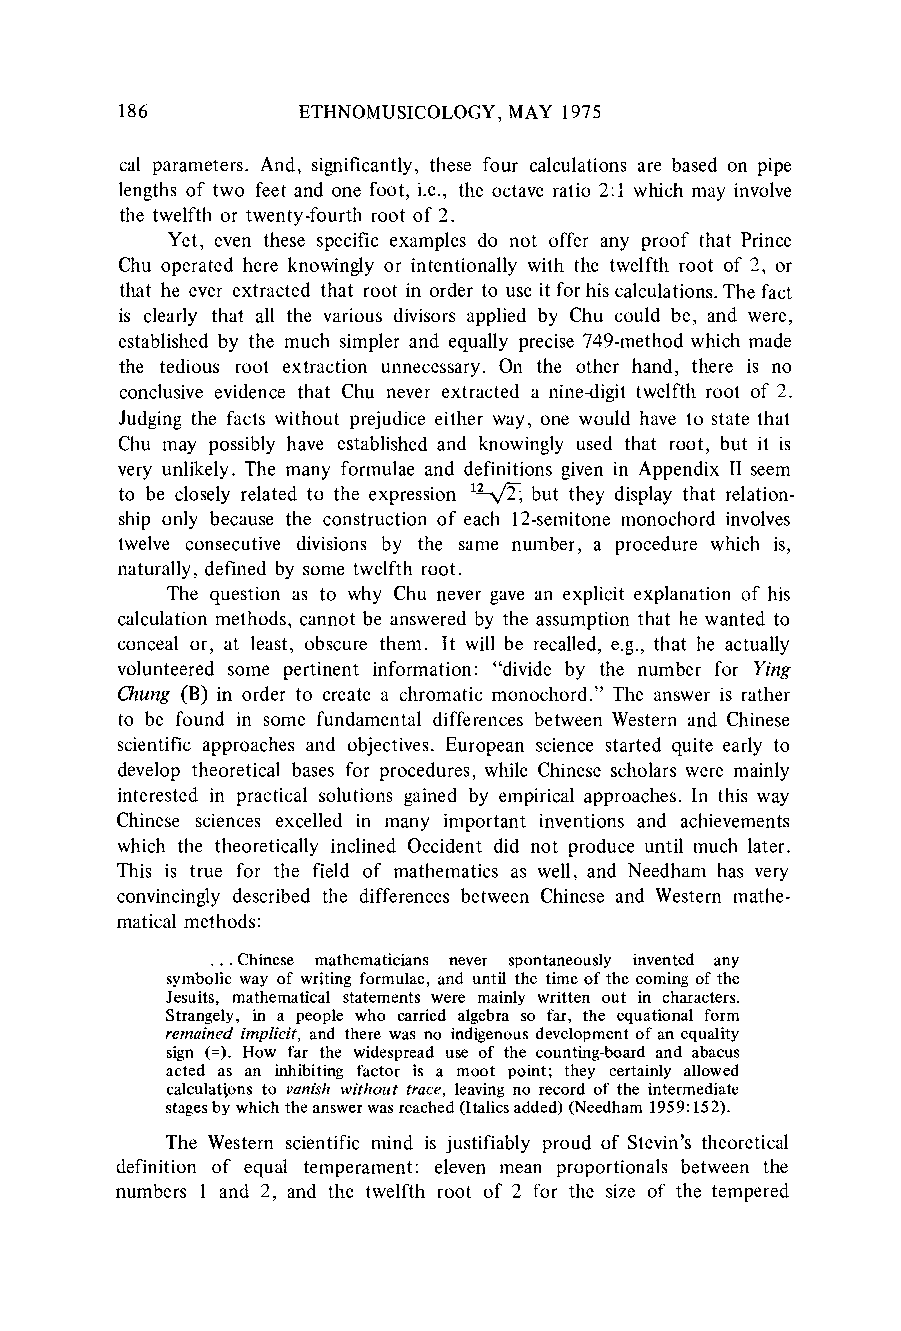
186         ETHNOMUSICOLOGYM, AY 1975
 cal parameters. And, significantly, these four calculations are based on pipe
 lengths of two feet and one foot, i.e., the octave ratio 2:1 which may involve
 the twelfth or twenty-fourth root of 2.
 Yet, even these specific examples do not offer any proof that Prince
 Chu operated here knowingly or intentionally with the twelfth root of 2, or
 that he ever extracted that root in order to use it for his calculations.T he fact
 is clearly that all the various divisors applied by Chu could be, and were,
 established by the much simpler and equally precise 749-method which made
 the tedious root extraction unnecessary. On the other hand, there is no
 conclusive evidence that Chu never extracted a nine-digit twelfth root of 2.
 Judging the facts without prejudice either way, one would have to state that
 Chu may possibly have established and knowingly used that root, but it is
 very unlikely. The many formulae and definitions given in Appendix II seem
 to be closely related to the expression 11\2-; but they display that relation-
 ship only because the construction of each 12-semitone monochord involves
 twelve consecutive divisions by the same number, a procedure which is,
 naturally,d efined by some twelfth root.
 The question as to why Chu never gave an explicit explanation of his
 calculation methods, cannot be answeredb y the assumptiont hat he wanted to
 conceal or, at least, obscure them. It will be recalled, e.g., that he actually
 volunteered some pertinent information: "divide by the number for Ying
 Chung (B) in order to create a chromatic monochord." The answer is rather
 to be found in some fundamental differences between Westerna nd Chinese
 scientific approaches and objectives. European science started quite early to
 develop theoretical bases for procedures, while Chinese scholars were mainly
 interested in practical solutions gained by empirical approaches. In this way
 Chinese sciences excelled in many important inventions and achievements
 which the theoretically inclined Occident did not produce until much later.
 This is true for the field of mathematics as well, and Needham has very
 convincingly described the differences between Chinese and Western mathe-
 matical methods:
 ... Chinese mathematicians never spontaneously invented any
 symbolic way of writing formulae, and until the time of the coming of the
 Jesuits, mathematical statements were mainly written out in characters.
 Strangely, in a people who carried algebra so far, the equational form
 remained implicit, and there was no indigenous development of an equality
 sign (=). How far the widespread use of the counting-board and abacus
 acted as an inhibiting factor is a moot point; they certainly allowed
 calculations to vanish without trace, leaving no record of the intermediate
 stages by which the answer was reached (Italics added) (Needham 1959:152).
 The Western scientific mind is justifiably proud of Stevin's theoretical
 definition of equal temperament: eleven mean proportionals between the
 numbers 1 and 2, and the twelfth root of 2 for the size of the tempered